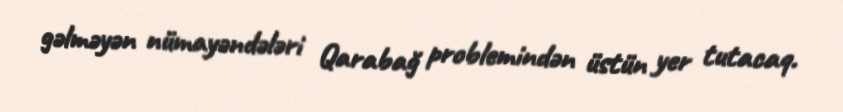
gəlməyən nümayəndələri Qarabağ problemindən üstün yer tutacaq.